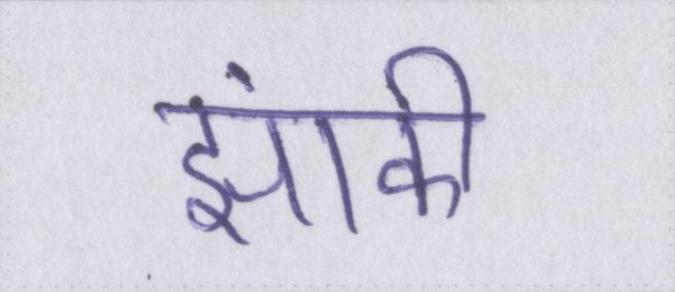
झांकी